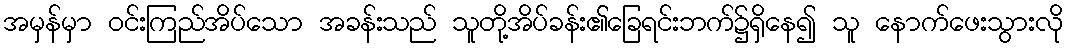
အမှန်မှာ ဝင်းကြည်အိပ်သော အခန်းသည် သူတို့အိပ်ခန်း၏ခြေရင်းဘက်၌ရှိနေ၍ သူ နောက်ဖေးသွားလို